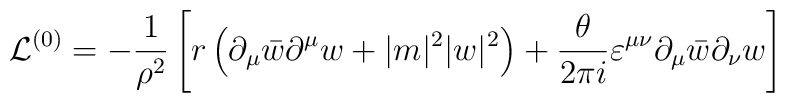
{\cal L}^{(0)} =  -\frac{1}{\rho^{2}}\left[r\left(\partial_{\mu}\bar{w}\partial^{\mu}w +|m|^{2}|w|^{2}\right)+\frac{\theta}{2\pi i}\varepsilon^{\mu\nu} \partial_{\mu}\bar{w}\partial_{\nu}w\right]